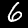
Label: 6